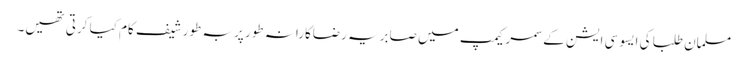
مسلمان طلبا کی ایسوسی ایشن کے سمر کیمپ میں صابریہ رضاکارانہ طور پر بہ طور شیف کام کیا کرتی تھیں۔